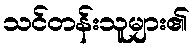
သင်တန်းသူများ၏